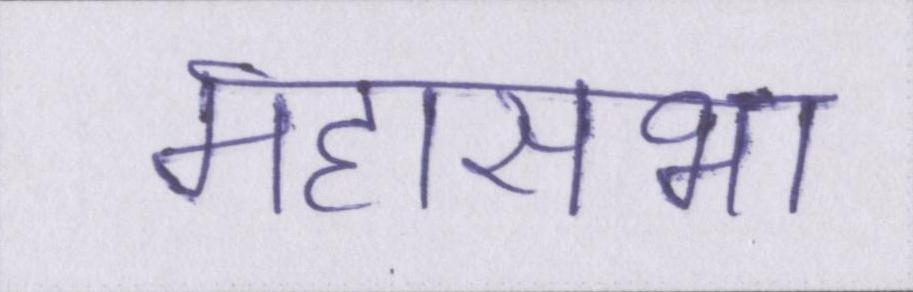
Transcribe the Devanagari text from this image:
महासभा